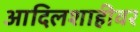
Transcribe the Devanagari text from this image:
आदिलशाहीवर